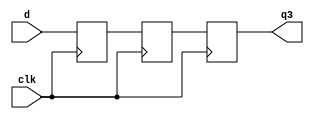
module pipeb1(q3,d,clk);
output [7:0]q3;
input clk;
input [7:0]d;
reg [7:0]q1, q2, q3;
always@(posedge clk)q1 = d;
always@(posedge clk)q2 = q1;
always@(posedge clk)q3 = q2;
 
endmodule